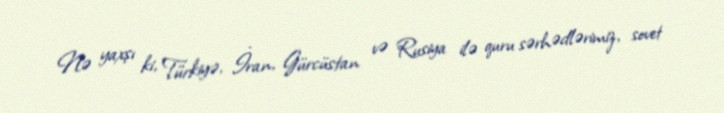
Nə yaxşı ki, Türkiyə, İran, Gürcüstan və Rusiya ilə quru sərhədlərimiz, sovet